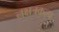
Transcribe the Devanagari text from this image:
नक्षत्रकल्प